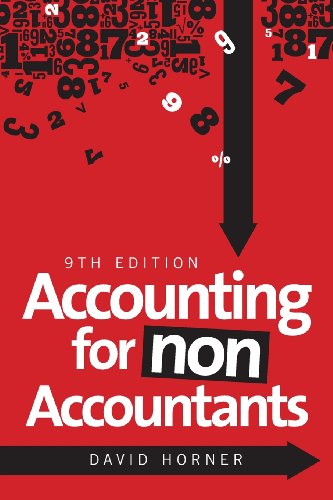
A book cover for Accounting for Non-Accountants; David Horner; Business & Money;